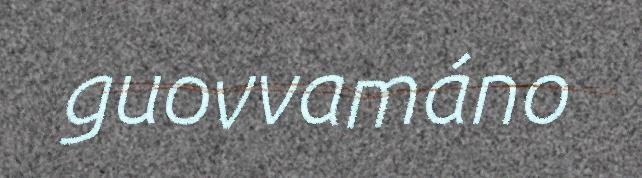
guovvamáno